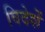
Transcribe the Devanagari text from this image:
विदेशें